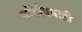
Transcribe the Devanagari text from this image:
वहिविवाही